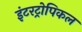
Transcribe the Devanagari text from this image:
इंटरट्रोपिकल